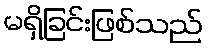
မရှိခြင်းဖြစ်သည်